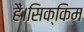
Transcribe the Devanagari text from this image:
हैं।सिक्किम